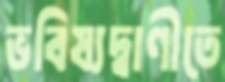
ভবিষ্যদ্বাণীতে